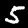
Label: 5